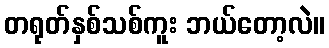
တရုတ်နှစ်သစ်ကူး ဘယ်တော့လဲ။